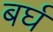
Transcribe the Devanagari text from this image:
बर्घ